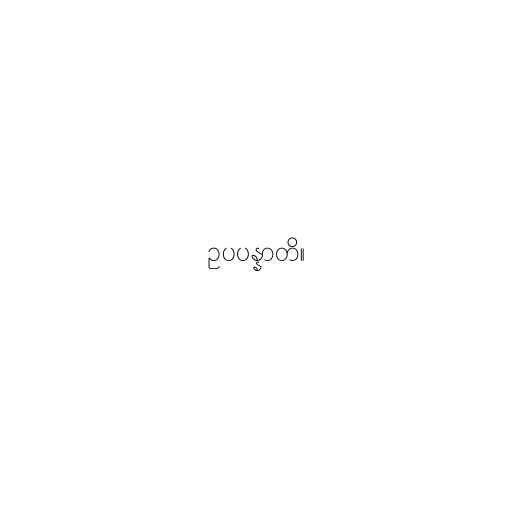
ဥပပန္နာတိ။